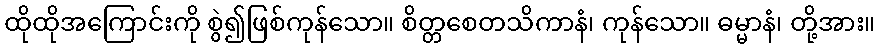
ထိုထိုအကြောင်းကို စွဲ၍ဖြစ်ကုန်သော။ စိတ္တစေတသိကာနံ၊ ကုန်သော။ ဓမ္မာနံ၊ တို့အား။